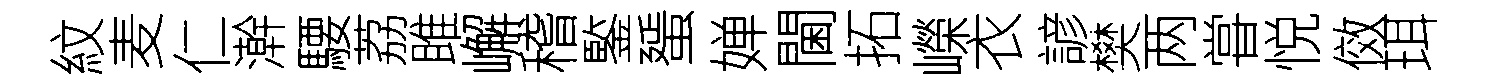
紋麦仁澣騕荔雎嶰稽鍳蜑婵閫拓嶸衣諺樊两甞悦傚珥